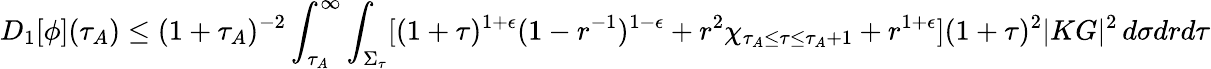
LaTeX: D_{1}[\phi](\tau_{A})\leq(1+\tau_{A})^{-2}\int_{\tau_{A}}^{\infty}\int_{\Sigma_{\tau}}[(1+\tau)^{1+\epsilon}(1-r^{-1})^{1-\epsilon}+r^{2}\chi_{\tau_{A}\leq\tau\leq\tau_{A}+1}+r^{1+\epsilon}](1+\tau)^{2}|KG|^{2}\, d\sigma drd\tau